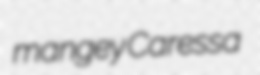
mangey Caressa